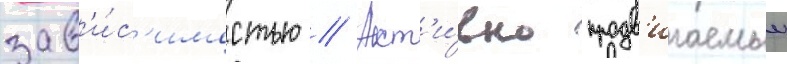
зав'и́с'имостью // Акт'и́вно продв'игаемыи